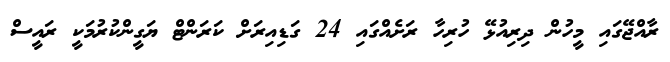
ރާއްޖޭގައި މީހުން ދިރިއުޅޭ ހުރިހާ ރަށެއްގައި 24 ގަޑިއިރަށް ކަރަންޓް ޔަގީންކުރުމަކީ ރައީސް